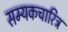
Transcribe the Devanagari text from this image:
सम्यकचारित्र